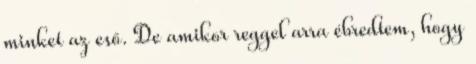
minket az eső. De amikor reggel arra ébredtem, hogy